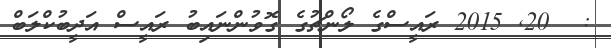
:  20